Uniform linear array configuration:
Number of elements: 12
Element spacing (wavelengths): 0.25
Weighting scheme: cosine
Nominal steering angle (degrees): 45
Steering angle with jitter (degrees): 43.856
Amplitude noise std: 0.05
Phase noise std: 0.05

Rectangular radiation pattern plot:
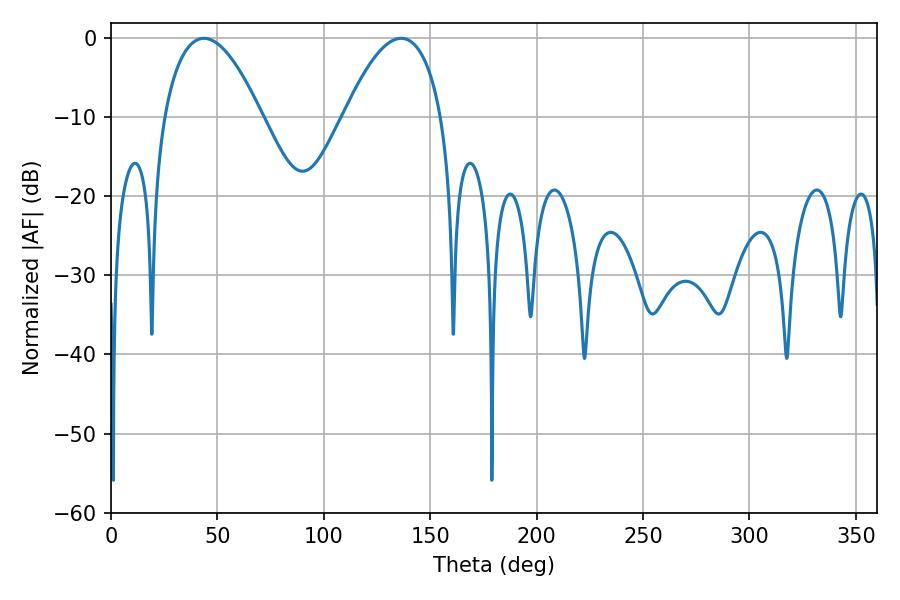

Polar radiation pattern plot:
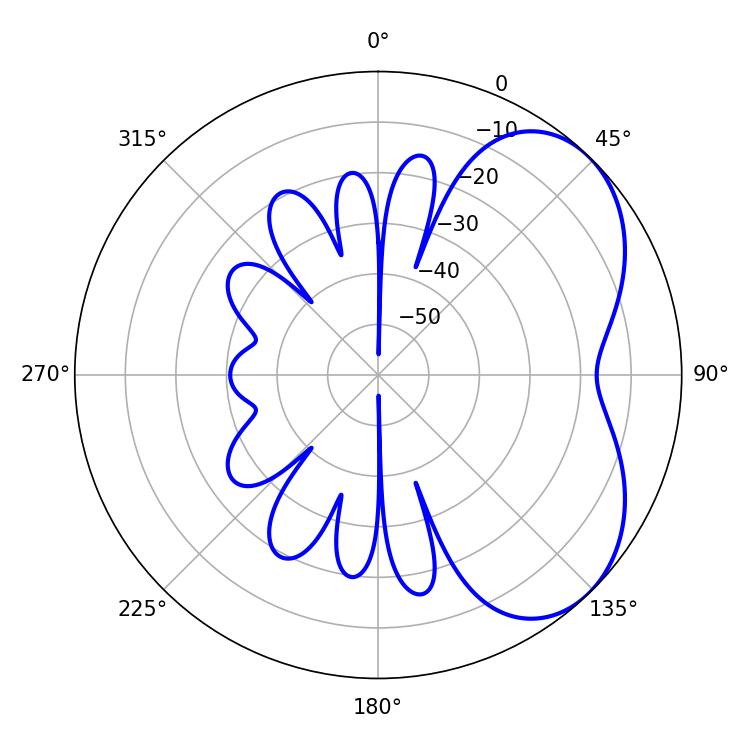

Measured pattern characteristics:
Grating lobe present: FALSE
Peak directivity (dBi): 4.689
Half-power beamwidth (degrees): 25.38
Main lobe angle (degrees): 43.56